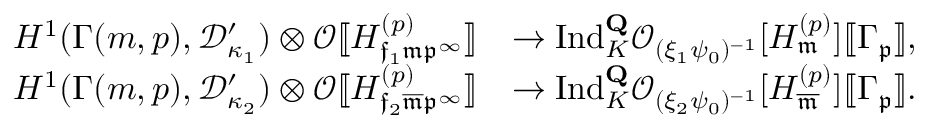
\begin{array} { r l } { H ^ { 1 } ( \Gamma ( m , p ) , \mathcal { D } _ { \kappa _ { 1 } } ^ { \prime } ) \otimes \mathcal O [ \! [ H _ { \mathfrak { f } _ { 1 } \mathfrak { m } \mathfrak { p } ^ { \infty } } ^ { ( p ) } ] \! ] } & { \rightarrow \mathrm { I n d } _ { K } ^ { \mathbf { Q } } \mathcal O _ { ( \xi _ { 1 } \psi _ { 0 } ) ^ { - 1 } } [ H _ { \mathfrak { m } } ^ { ( p ) } ] [ \! [ \Gamma _ { \mathfrak { p } } ] \! ] , } \\ { H ^ { 1 } ( \Gamma ( m , p ) , \mathcal { D } _ { \kappa _ { 2 } } ^ { \prime } ) \otimes \mathcal O [ \! [ H _ { \mathfrak { f } _ { 2 } \overline { { \mathfrak { m } } } \mathfrak { p } ^ { \infty } } ^ { ( p ) } ] \! ] } & { \rightarrow \mathrm { I n d } _ { K } ^ { \mathbf { Q } } \mathcal O _ { ( \xi _ { 2 } \psi _ { 0 } ) ^ { - 1 } } [ H _ { \overline { { \mathfrak { m } } } } ^ { ( p ) } ] [ \! [ \Gamma _ { \mathfrak { p } } ] \! ] . } \end{array}